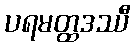
ပရမတ္ထဒဿီ